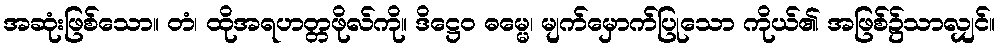
အဆုံးဖြစ်သော။ တံ၊ ထိုအရဟတ္တဖိုလ်ကို။ ဒိဋ္ဌေဝ ဓမ္မေ၊ မျက်မှောက်ပြုသော ကိုယ်၏ အဖြစ်၌သာလျှင်။